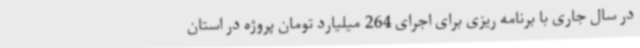
در سال جاری با برنامه ریزی برای اجرای 264 میلیارد تومان پروژه در استان